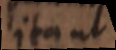
ita ut